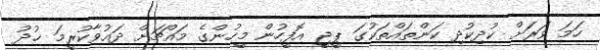
ހަމަ ވަރަށް ކުދިކުދި ކަންތައްތަކުގަ ޕީޖީ އޮފީހުން މީހުންގެ މައްޗަށް ދައުވާކުރީމަ ޚުދު